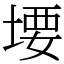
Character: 㙘